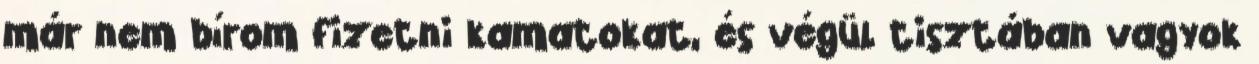
már nem bírom fizetni kamatokat, és végül tisztában vagyok